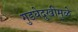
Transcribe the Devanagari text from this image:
गुडघेदुखीमुळे